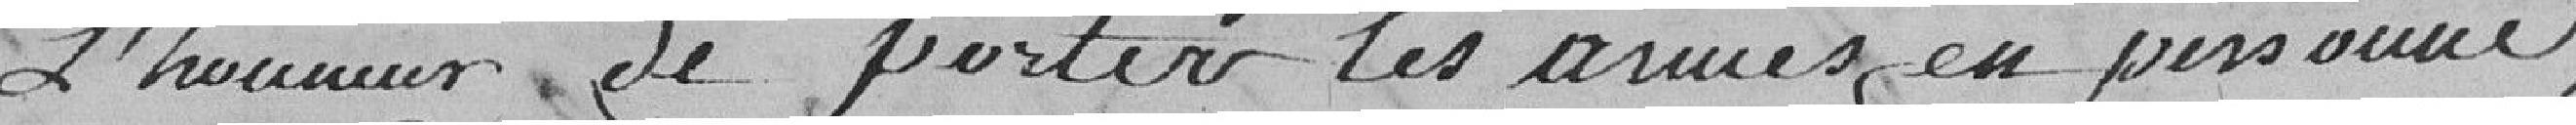
l'honneur de porter les armes en personne,